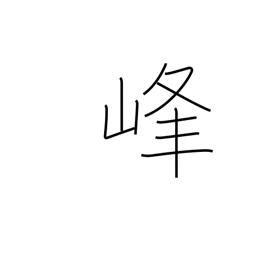
Meaning: summit